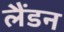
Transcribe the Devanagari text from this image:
लैंडन